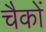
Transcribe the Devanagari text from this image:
चैकों